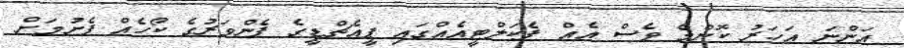
އަންނަ އަހަރު ކޮންމެ ވެސް އެއް ފެކަލްޓީއެއްގައި ޕީއެޗްޑީގެ ފެންވަރުގެ ކޯހެއް ފެށުމަށް